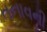
તનાવની